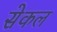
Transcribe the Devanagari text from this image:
सेकल